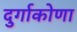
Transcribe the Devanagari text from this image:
दुर्गाकोणा